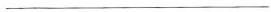
___